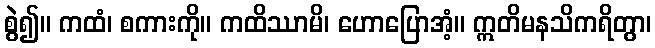
စွဲ၍။ ကထံ၊ စကားကို။ ကထိဿာမိ၊ ဟောပြောအံ့။ ဣတိမနသိကရိတွာ၊